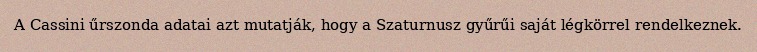
A Cassini űrszonda adatai azt mutatják, hogy a Szaturnusz gyűrűi saját légkörrel rendelkeznek.